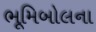
ભૂમિબોલના